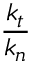
\frac { k _ { t } } { k _ { n } }